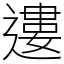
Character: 遱